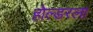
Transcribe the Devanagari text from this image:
होल्डरला